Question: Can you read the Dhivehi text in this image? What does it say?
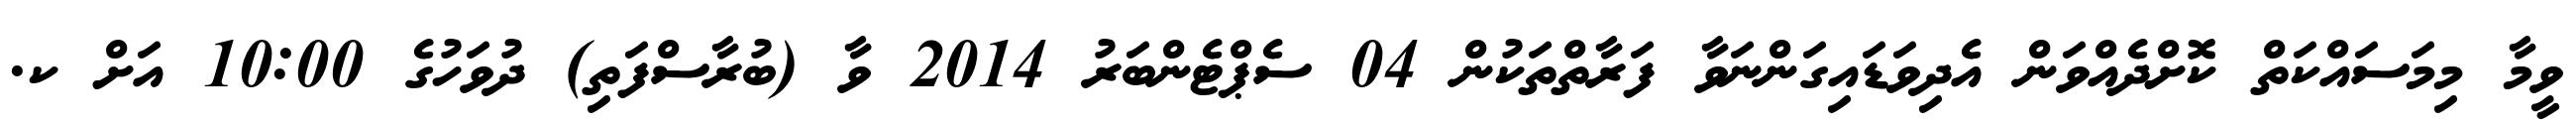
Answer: ވީމާ މިމަސައްކަތް ކޮށްދެއްވަން އެދިވަޑައިގަންނަވާ ފަރާތްތަކުން 04 ސެޕްޓެންބަރު 2014 ވާ (ބުރާސްފަތި) ދުވަހުގެ 10:00 އަށް ކ.